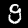
Label: 9